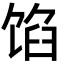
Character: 馅